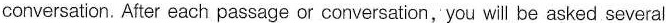
conversation. After each passage or conversation, you will be asked several